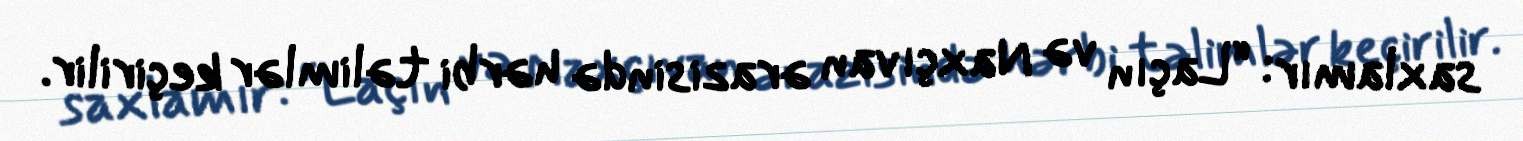
saxlamır: “Laçın və Naxçıvan ərazisində hərbi təlimlər keçirilir.